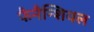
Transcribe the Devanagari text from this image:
फैनैन्शियल